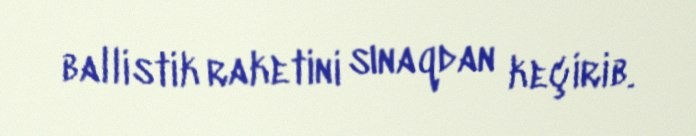
ballistik raketini sınaqdan keçirib.